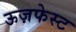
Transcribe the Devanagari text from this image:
ऊज़फेस्ट